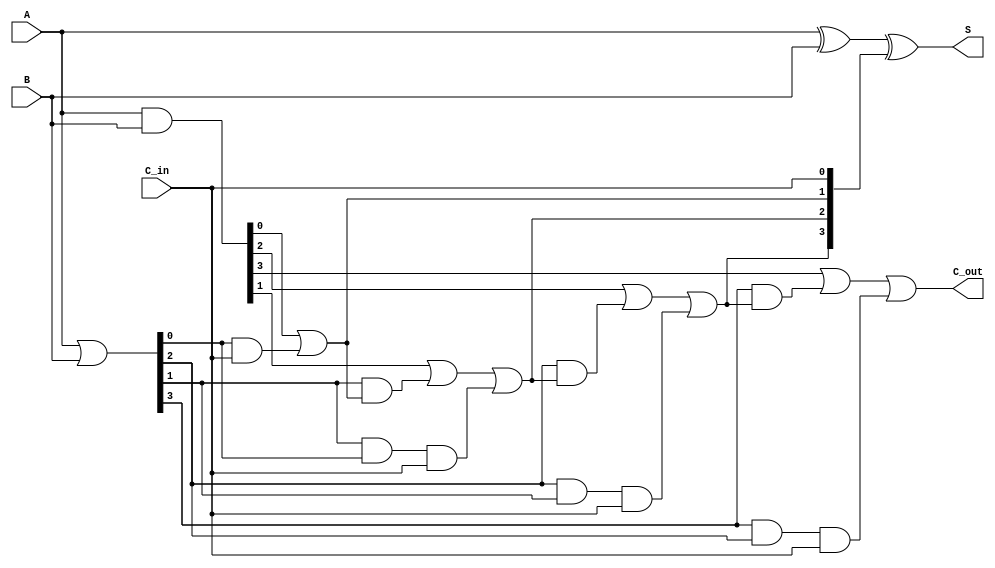
module CLA #(parameter n = 4) (
    input  wire [n-1:0] A,      // n-bit binary number A
    input  wire [n-1:0] B,      // n-bit binary number B
    input  wire C_in,           // Carry-in input
    output wire [n-1:0] S,      // n-bit sum output
    output wire C_out           // Carry-out output
);

    // Generate and Propagate signals
    wire [n-1:0] G; // Generate signals
    wire [n-1:0] P; // Propagate signals
    wire [n:0] C;   // Carry signals

    // Generate and Propagate Logic
    assign G = A & B;              // G[i] = A[i] & B[i]
    assign P = A | B;              // P[i] = A[i] | B[i]

    // Carry Logic
    assign C[0] = C_in;            // C[0] = C_in
    genvar i;
    generate
        for (i = 0; i < n; i = i + 1) begin : carry_logic
            if (i == 0) begin
                assign C[i + 1] = G[i] | (P[i] & C[0]); // C[1] = G[0] | (P[0] & C_in)
            end else begin
                assign C[i + 1] = G[i] | (P[i] & C[i]) | (P[i] & P[i-1] & C[0]); // Carry logic for subsequent bits
            end
        end
    endgenerate

    // Sum Logic
    assign S = A ^ B ^ C[n-1:0];   // S[i] = A[i] ^ B[i] ^ C[i]

    // Carry-out output
    assign C_out = C[n];           // C_out = C[n]

endmodule